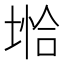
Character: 𪣺